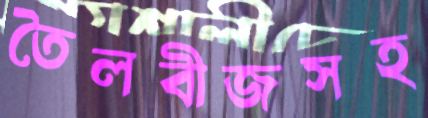
তৈলবীজসহ